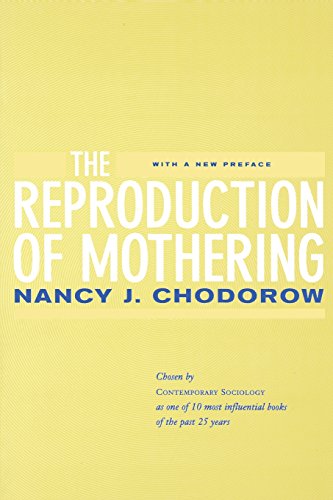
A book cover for The Reproduction of Mothering: Psychoanalysis and the Sociology of Gender, Updated Edition; Nancy J. Chodorow; Gay & Lesbian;